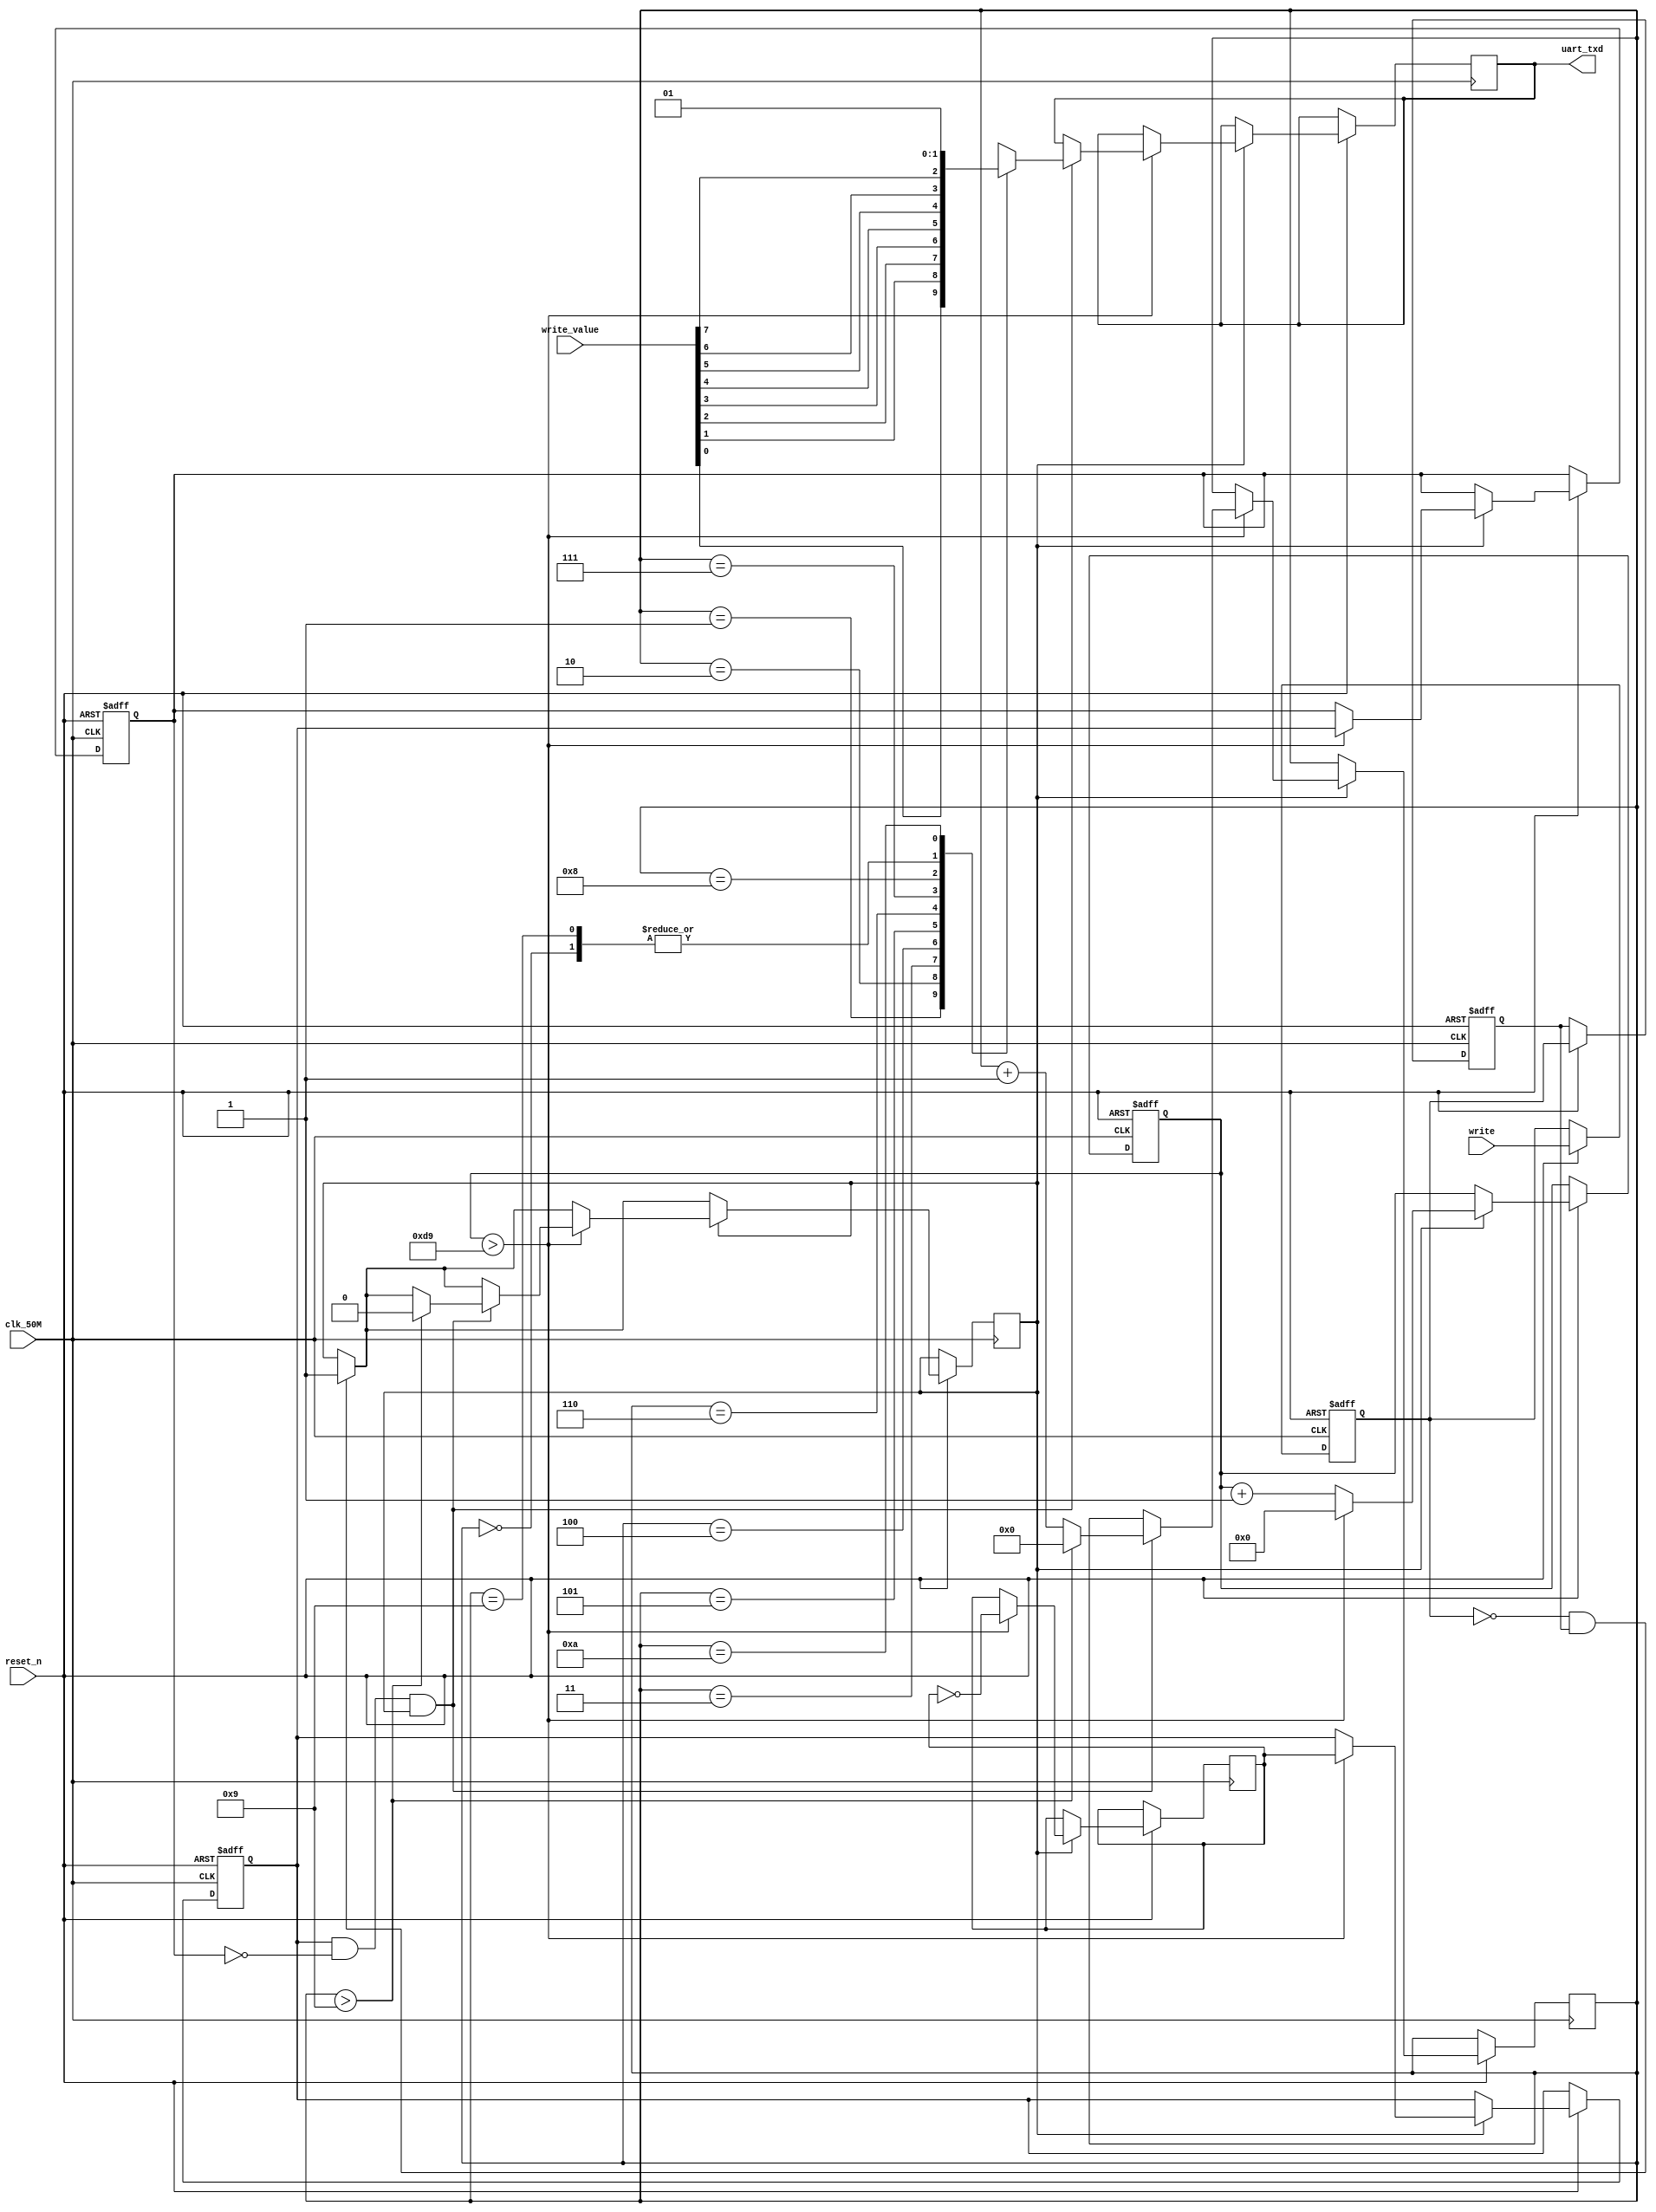
`timescale 1ns/1ns
module lab2(clk_50M,
    reset_n,
    write,
    write_value,
    uart_txd);
	 
	 
	 input clk_50M,reset_n,write;
	 
	 wire clk_50M,reset_n,write;
	 
         reg write_d1=1'b0;
         reg write_d2=1'b0;
         reg set=1'b1;
  
        
	assign pos_write=write_d1 & ~write_d2;
         
       assign neg_write= ~ write_d1 & write_d2;
      
      
             
	 input [7:0]write_value;
         
     
	 output  uart_txd;
        
	 
	 reg uart_txd;
	 
	
	 
	 reg uart_clock=1'b0;
	 
         reg uart_clock_d1;
         reg uart_clock_d2;
         assign pos_uart= uart_clock_d1 & ~uart_clock_d2;
         
	 reg [8:0]i=9'd0;
	 
	
	 
	 reg [3:0]counter=4'd0;
	 
 
	 
 
	 
	 
	 always@(  posedge clk_50M  or negedge reset_n )
	 
	 begin 
	 
	 if(!reset_n)
         begin

         write_d1<=#2 1'b0;
         write_d2<=#2 1'b0;
         uart_clock_d1<=#2 1'b0;
         uart_clock_d2<=#2 1'b0;
         i=9'd0;
  
         end
	 
	/* 
	 
	   
	   if(write==0)
		begin
		
		load<=1;
		
		end
	   else 
		
		begin
		
		load<=0;
		
		end
	 
	 */
	
	 
	 
     
           

	 
	else if(reset_n==1 )
	 begin
            write_d1<= #2 write;
	    write_d2<= #2 write_d1; 
             
            
          
             if(neg_write==1)
           begin
           
           set<=1'b1;
          end

            
	if(set==1)
        begin 
        
               // if(i<9'd217)begin   //217
	 i<=i+1'b1;
	 // end

	 if(i>9'd217)   begin              //9'b110110010
	 
	  i<=9'd0;    
	 uart_clock <= ~ uart_clock;   //~
	                   // in front of uart_clock <=!uart_clock;
         uart_clock_d1<= #2 uart_clock;
         uart_clock_d2<= #2 uart_clock_d1;
         
	                                           //    end
                                                          
        if(pos_uart==1 && set==1)
             begin

  
          case(counter) 
	 
	  4'd0 : begin   uart_txd<= 1'b0;             end
	  4'd1 : begin   uart_txd<= write_value[0] ;   end
	  4'd2 : begin   uart_txd<= write_value [1];   end
	  4'd3 : begin   uart_txd<= write_value[2];  end
	  4'd4 : begin   uart_txd<= write_value[3] ;   end
	  4'd5 : begin   uart_txd<= write_value[4] ;  end 
	  4'd6 : begin   uart_txd<= write_value[5] ;   end
	  4'd7 : begin   uart_txd<= write_value[6] ;   end
	  4'd8 : begin   uart_txd<= write_value[7] ;   end
	  
	  4'd9 : begin   uart_txd<= 1'b0;    end
	  4'd10: begin   uart_txd<= 1'b1  ;    end
	 default :  uart_txd<=1'bx;
	 
	 endcase
	 
	    counter<=counter+1'b1;
		 
		 
	
		 
	 if(counter>4'd9)
	 	begin
	    
	    counter<=4'd0;
            set<=1'b0;
	 	end


            end 
         end

      end
   end
end 
	 
	 
	// assign a=(i==434);
	 
	
 
endmodule